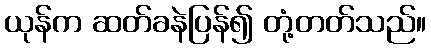
ယုန်က ဆတ်ခနဲပြန်၍ တုံ့တတ်သည်။